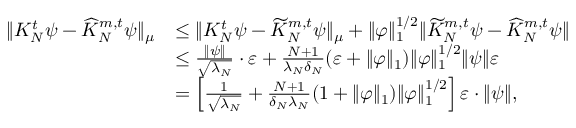
\begin{array} { r l } { \| K _ { N } ^ { t } \psi - \widehat K _ { N } ^ { m , t } \psi \| _ { \mu } } & { \le \| K _ { N } ^ { t } \psi - \widetilde K _ { N } ^ { m , t } \psi \| _ { \mu } + \| \varphi \| _ { 1 } ^ { 1 / 2 } \| \widetilde K _ { N } ^ { m , t } \psi - \widehat K _ { N } ^ { m , t } \psi \| } \\ & { \le \frac { \| \psi \| } { \sqrt { \lambda _ { N } } } \cdot \varepsilon + \frac { N + 1 } { \lambda _ { N } \delta _ { N } } ( \varepsilon + \| \varphi \| _ { 1 } ) \| \varphi \| _ { 1 } ^ { 1 / 2 } \| \psi \| \varepsilon } \\ & { = \left[ \frac 1 { \sqrt { \lambda _ { N } } } + \frac { N + 1 } { \delta _ { N } \lambda _ { N } } ( 1 + \| \varphi \| _ { 1 } ) \| \varphi \| _ { 1 } ^ { 1 / 2 } \right] \varepsilon \cdot \| \psi \| , } \end{array}